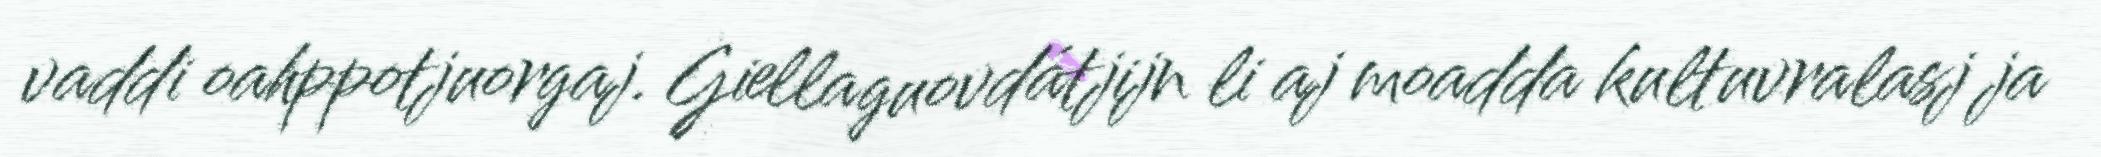
vaddi oahppotjuorgaj. Giellaguovdátjijn li aj moadda kultuvralasj ja